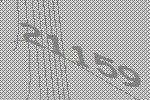
21159